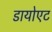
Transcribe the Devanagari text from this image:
डायोएट